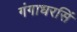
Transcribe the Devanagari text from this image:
गंगाधरसिं